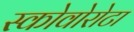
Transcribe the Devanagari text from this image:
स्कोवोरोटा